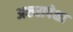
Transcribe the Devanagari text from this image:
अकरापेक्षा